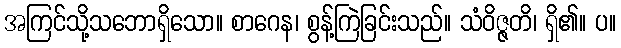
အကြင်သို့သဘောရှိသော။ စာဂေန၊ စွန့်ကြဲခြင်းသည်။ သံဝိဇ္ဇတိ၊ ရှိ၏။ ပ။